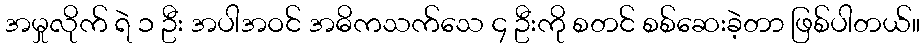
အမှုလိုက် ရဲ ၁ ဦး အပါအဝင် အဓိကသက်သေ ၄ ဦးကို စတင် စစ်ဆေးခဲ့တာ ဖြစ်ပါတယ်။